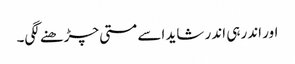
اور اندر ہی اندر شاید اسے مستی چڑھنے لگی۔